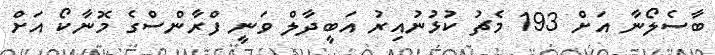
ބާސެލޯނާ އަށް 193 މެޗު ކުޅުނުއިރު އަބީދާލް ވަނީ ފްރާންސްގެ މޮނާކޯ އަށް